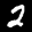
Digit: 2